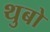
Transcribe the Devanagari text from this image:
थुबो